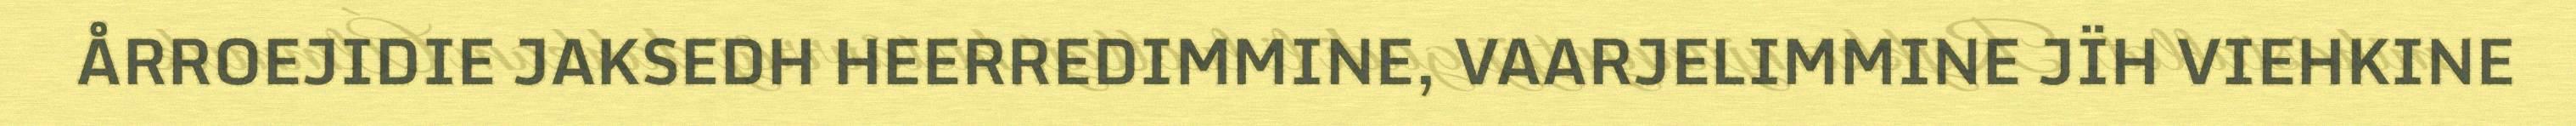
ÅRROEJIDIE JAKSEDH HEERREDIMMINE, VAARJELIMMINE JÏH VIEHKINE